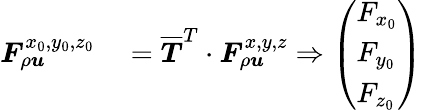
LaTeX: \begin{array}{rl}{\boldsymbol{F}_{\rho\boldsymbol{u}}^{x_{0},y_{0},z_{0}}}&{{}=\overline{{\boldsymbol{T}}}^{T}\cdot\boldsymbol{F}_{\rho\boldsymbol{u}}^{x,y,z}\Rightarrow\left(\begin{array}{l}{F_{x_{0}}}\\ {F_{y_{0}}}\\ {F_{z_{0}}}\end{array}\right)}\end{array}